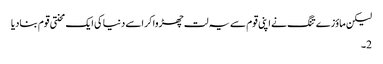
لیکن ماؤزے تنگ نے اپنی قوم سے یہ لت چھڑوا کر اسے دنیا کی ایک محنتی قوم بنادیا
2۔